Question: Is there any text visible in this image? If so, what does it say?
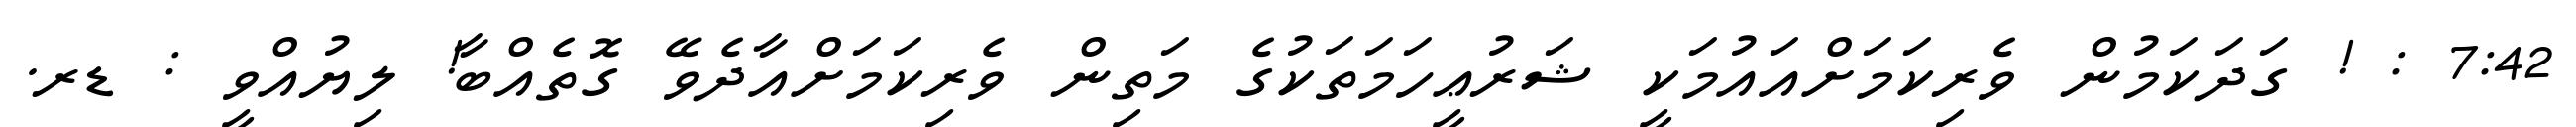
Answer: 7:42 : ! ގަދަކަމުން ވެރިކަމަށްއައުމަކީ ޝަރުޢީހަމަތަކުގެ މަތިން ވެރިކަމަށްއާދެވޭ ގޮތެއްބާ! ލިޔުއްވީ : ޑރ.